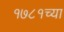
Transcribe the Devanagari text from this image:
१७८१च्या